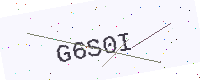
Text: G6S0I